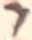
Text: 7